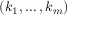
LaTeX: ( k _ { 1 } , \ldots , k _ { m } )